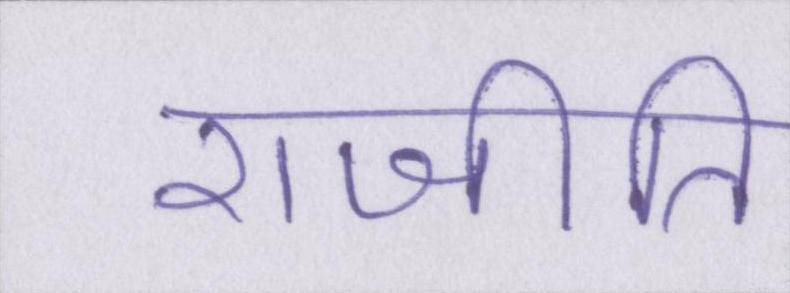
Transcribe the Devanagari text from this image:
राजीति